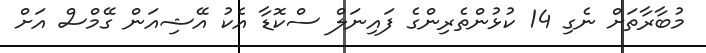
މުބާރާތަށް ނެގި 14 ކުޅުންތެރިންގެ ފައިނަލް ސްކޮޑާ އެކު އޭޝިއަން ގޭމްސް އަށް